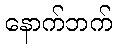
နောက်ဘက်